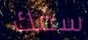
سفك